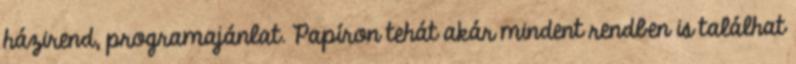
házirend, programajánlat. Papíron tehát akár mindent rendben is találhat